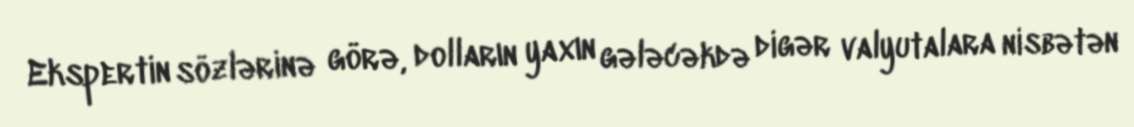
Ekspertin sözlərinə görə, dolların yaxın gələcəkdə digər valyutalara nisbətən